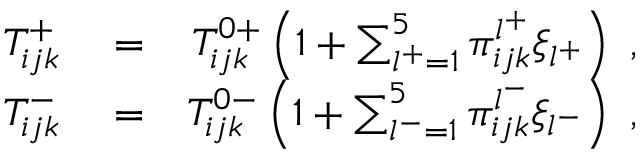
\begin{array} { r l r } { T _ { i j k } ^ { + } } & { { } = } & { T _ { i j k } ^ { 0 + } \left( 1 + \sum _ { l ^ { + } = 1 } ^ { 5 } \pi _ { i j k } ^ { l ^ { + } } \xi _ { l ^ { + } } \right) ~ , } \\ { T _ { i j k } ^ { - } } & { { } = } & { T _ { i j k } ^ { 0 - } \left( 1 + \sum _ { l ^ { - } = 1 } ^ { 5 } \pi _ { i j k } ^ { l ^ { - } } \xi _ { l ^ { - } } \right) ~ , } \end{array}